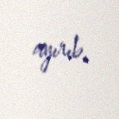
ayırıb.